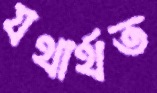
যথার্থত